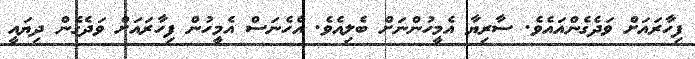
ފިހާރައަށް ވަަދެގެންއައެވެ. ސާރިޔާ އެމީހުންނަށް ބެލިއެވެ. އެހެނަސް އެމީހުން ފިހާރައަށް ވަދެގެން ދިޔައީ